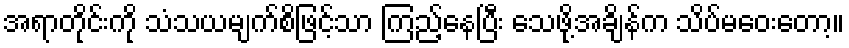
အရာတိုင်းကို သံသယမျက်စိဖြင့်သာ ကြည့်နေပြီး သေဖို့အချိန်က သိပ်မဝေးတော့။